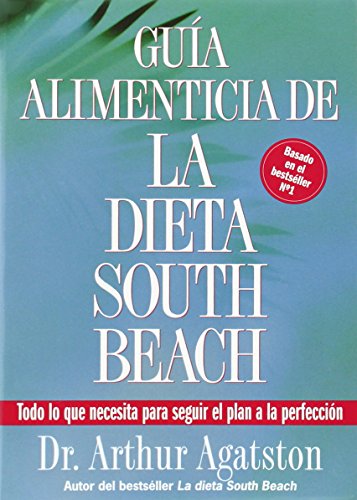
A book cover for Guia Alimenticia de La Dieta South Beach: Todo lo que necesita para seguir el plan a la perfeccion (The South Beach Diet); Arthur Agatston; Health, Fitness & Dieting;